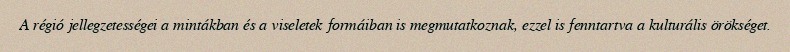
A régió jellegzetességei a mintákban és a viseletek formáiban is megmutatkoznak, ezzel is fenntartva a kulturális örökséget.